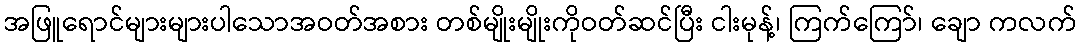
အဖြူရောင်များများပါသောအဝတ်အစား တစ်မျိုးမျိုးကိုဝတ်ဆင်ပြီး ငါးမုန့်၊ ကြက်ကြော်၊ ချော ကလက်